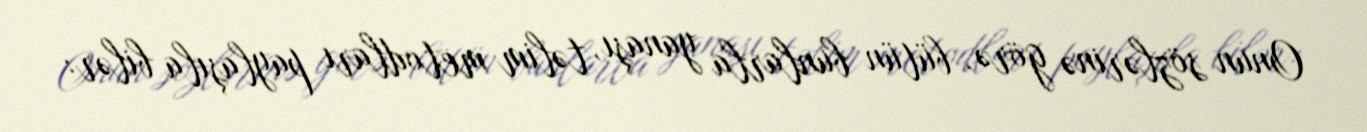
Onun sözlərinə görə, bütün bunlarla yanaşı, təlim metodları paylaşıla bilər: